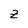
Character: Z